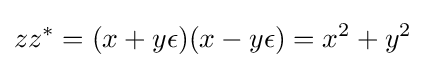
zz^{\ast }=(x+y\epsilon )(x-y\epsilon )=x^{2}+y^{2}